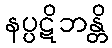
နပ္ပဋိဘန္တိ